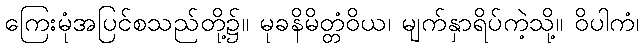
ကြေးမုံအပြင်စသည်တို့၌။ မုခနိမိတ္တံဝိယ၊ မျက်နှာရိပ်ကဲ့သို့။ ဝိပါကံ၊